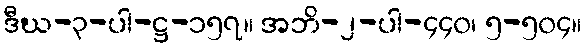
ဒီဃ-၃-ပါ-ဋ္ဌ-၁၅၇။ အဘိ-၂-ပါ-၄၄၀၊ ၅-၅၀၄။